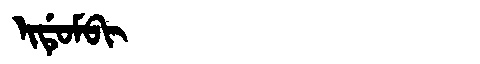
Manchu: ᡳᡩᡠᠮᠪᡳ
Romanization: IDUMBI